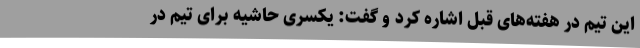
این تیم در هفته‌های قبل اشاره کرد و گفت: یکسری حاشیه برای تیم در